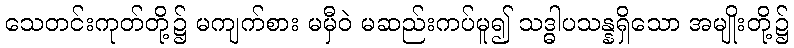
သေတင်းကုတ်တို့၌ မကျက်စား မမှီဝဲ မဆည်းကပ်မူ၍ သဒ္ဓါပသန္နရှိသော အမျိုးတို့၌